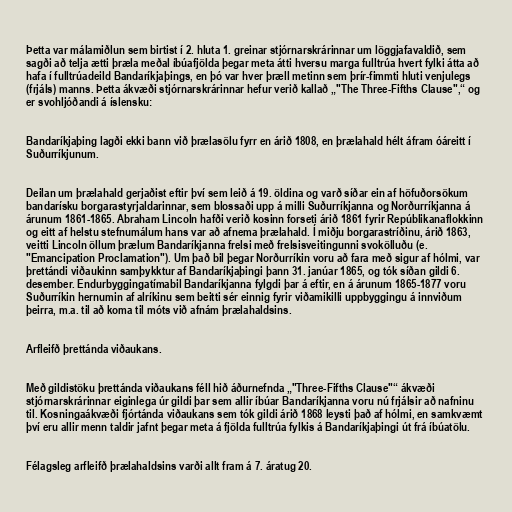
Þetta var málamiðlun sem birtist í 2. hluta 1. greinar stjórnarskrárinnar um löggjafavaldið, sem
sagði að telja ætti þræla meðal íbúafjölda þegar meta átti hversu marga fulltrúa hvert fylki átta að
hafa í fulltrúadeild Bandaríkjaþings, en þó var hver þræll metinn sem þrír-fimmti hluti venjulegs
(frjáls) manns. Þetta ákvæði stjórnarskrárinnar hefur verið kallað „"The Three-Fifths Clause",“ og
er svohljóðandi á íslensku:

Bandaríkjaþing lagði ekki bann við þrælasölu fyrr en árið 1808, en þrælahald hélt áfram óáreitt í
Suðurríkjunum.

Deilan um þrælahald gerjaðist eftir því sem leið á 19. öldina og varð síðar ein af höfuðorsökum
bandarísku borgarastyrjaldarinnar, sem blossaði upp á milli Suðurríkjanna og Norðurríkjanna á
árunum 1861-1865. Abraham Lincoln hafði verið kosinn forseti árið 1861 fyrir Repúblikanaflokkinn
og eitt af helstu stefnumálum hans var að afnema þrælahald. Í miðju borgarastríðinu, árið 1863,
veitti Lincoln öllum þrælum Bandaríkjanna frelsi með frelsisveitingunni svokölluðu (e.
"Emancipation Proclamation"). Um það bil þegar Norðurríkin voru að fara með sigur af hólmi, var
þrettándi viðaukinn samþykktur af Bandaríkjaþingi þann 31. janúar 1865, og tók síðan gildi 6.
desember. Endurbyggingatímabil Bandaríkjanna fylgdi þar á eftir, en á árunum 1865-1877 voru
Suðurríkin hernumin af alríkinu sem beitti sér einnig fyrir viðamikilli uppbyggingu á innviðum
þeirra, m.a. til að koma til móts við afnám þrælahaldsins.

Arfleifð þrettánda viðaukans.

Með gildistöku þrettánda viðaukans féll hið áðurnefnda „"Three-Fifths Clause"“ ákvæði
stjórnarskrárinnar eiginlega úr gildi þar sem allir íbúar Bandaríkjanna voru nú frjálsir að nafninu
til. Kosningaákvæði fjórtánda viðaukans sem tók gildi árið 1868 leysti það af hólmi, en samkvæmt
því eru allir menn taldir jafnt þegar meta á fjölda fulltrúa fylkis á Bandaríkjaþingi út frá íbúatölu.

Félagsleg arfleifð þrælahaldsins varði allt fram á 7. áratug 20.